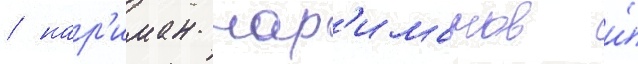
/ нар'иман нар'иманов и́